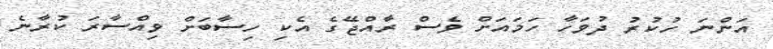
އަންނަ ހުކުރު ދުވަހާ ހަމައަށް ވެސް ރާއްޖޭގެ އެކި ހިސާބަށް ވިއްސާރަ ކުރާނެ